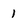
Character: 1